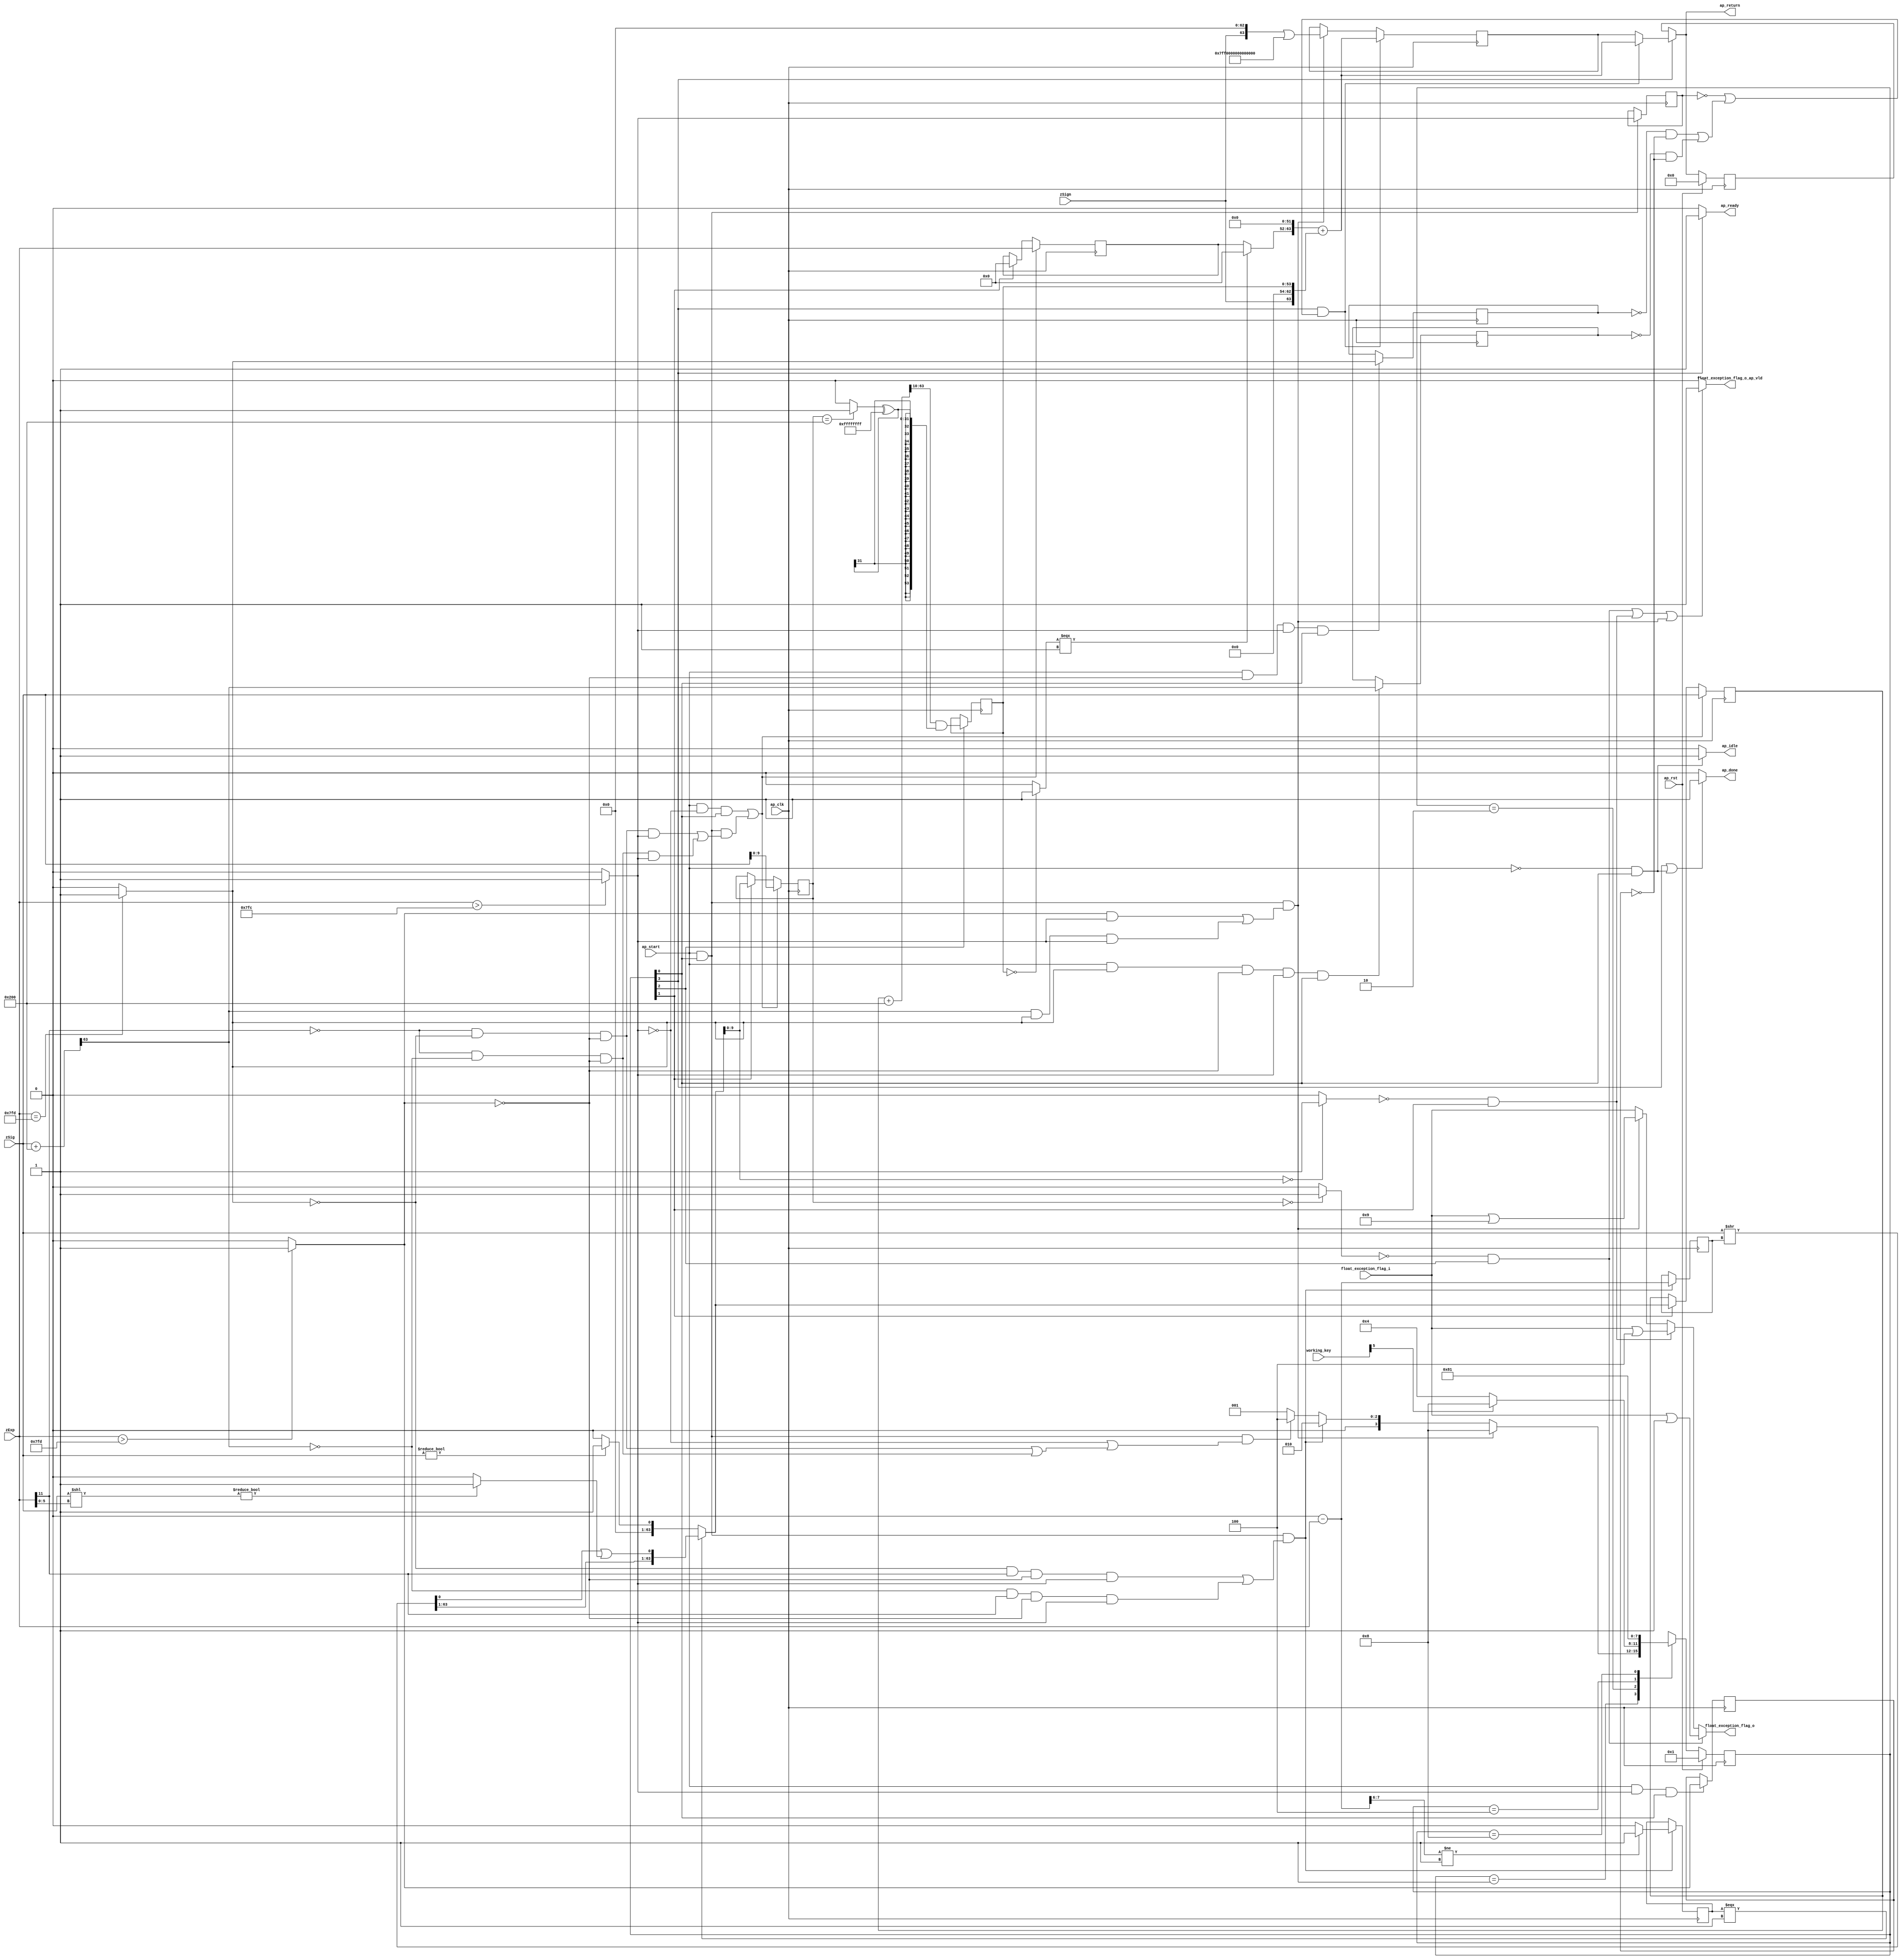

module roundAndPackFloat64
(
  ap_clk,
  ap_rst,
  ap_start,
  ap_done,
  ap_idle,
  ap_ready,
  zSign,
  zExp,
  zSig,
  float_exception_flag_i,
  float_exception_flag_o,
  float_exception_flag_o_ap_vld,
  ap_return,
  working_key
);

  parameter ap_ST_fsm_state1 = 4'd1;
  parameter ap_ST_fsm_state2 = 4'd2;
  parameter ap_ST_fsm_state3 = 4'd4;
  parameter ap_ST_fsm_state4 = 4'd8;
  input ap_clk;
  input ap_rst;
  input ap_start;
  output ap_done;
  output ap_idle;
  output ap_ready;
  input [0:0] zSign;
  input [11:0] zExp;
  input [63:0] zSig;
  input [31:0] float_exception_flag_i;
  output [31:0] float_exception_flag_o;
  output float_exception_flag_o_ap_vld;
  output [63:0] ap_return;
  reg ap_done;
  reg ap_idle;
  reg ap_ready;
  reg [31:0] float_exception_flag_o;
  reg float_exception_flag_o_ap_vld;
  reg [63:0] ap_return;
  reg [3:0] ap_CS_fsm;
  wire ap_CS_fsm_state1;
  wire [9:0] roundBits_fu_143_p1;
  wire [0:0] tmp_s_fu_147_p2;
  reg [0:0] tmp_s_reg_450;
  wire [0:0] tmp_24_fu_153_p2;
  reg [0:0] tmp_24_reg_454;
  wire [0:0] tmp_25_fu_159_p2;
  reg [0:0] tmp_25_reg_458;
  wire [0:0] tmp_56_fu_171_p3;
  reg [0:0] tmp_56_reg_462;
  wire [11:0] count_assign_fu_187_p2;
  reg [11:0] count_assign_reg_469;
  wire [0:0] tmp_57_fu_179_p3;
  wire [0:0] icmp_fu_203_p2;
  reg [0:0] icmp_reg_474;
  wire [63:0] tmp_74_i9_fu_229_p2;
  wire [63:0] z_6_fu_298_p3;
  wire ap_CS_fsm_state2;
  wire [9:0] roundBits_2_fu_305_p1;
  wire [53:0] zSig_assign_2_fu_381_p2;
  reg [53:0] zSig_assign_2_reg_500;
  wire ap_CS_fsm_state3;
  reg [63:0] zSig_assign1_reg_94;
  reg [11:0] zExp_assign_1_reg_105;
  reg [9:0] roundBits_1_reg_119;
  reg [63:0] ap_phi_mux_p_0_phi_fu_133_p4;
  reg [63:0] p_0_reg_130;
  wire [63:0] tmp_74_i8_fu_416_p2;
  wire ap_CS_fsm_state4;
  wire [0:0] tmp_29_fu_309_p2;
  wire [0:0] tmp_30_fu_327_p2;
  wire [31:0] float_exception_flag_9_fu_209_p2;
  wire [31:0] float_exception_flag_1_fu_315_p2;
  wire [31:0] tmp_31_fu_333_p2;
  wire [63:0] tmp_26_fu_165_p2;
  wire [1:0] tmp_58_fu_193_p4;
  wire [63:0] tmp_i_fu_221_p3;
  wire [63:0] tmp_37_i_fu_235_p1;
  wire [5:0] tmp_59_fu_243_p1;
  wire [63:0] tmp_41_i_fu_246_p1;
  wire [63:0] tmp_42_i_fu_250_p2;
  wire [63:0] tmp_38_i_fu_238_p2;
  wire [0:0] tmp_60_fu_261_p1;
  wire [0:0] tmp_43_i_fu_255_p2;
  wire [62:0] tmp_3_i_fu_271_p4;
  wire [0:0] tmp_2_i_fu_265_p2;
  wire [0:0] tmp_44_i_fu_289_p2;
  wire [63:0] z_fu_281_p3;
  wire [63:0] z_2_fu_294_p1;
  wire [63:0] tmp_32_fu_345_p2;
  wire [0:0] tmp_33_fu_361_p2;
  wire [31:0] tmp_34_fu_367_p1;
  wire [31:0] tmp_35_fu_371_p2;
  wire [53:0] zSig_assign_1_cast_fu_351_p4;
  wire signed [53:0] tmp_53_cast_fu_377_p1;
  wire [0:0] tmp_36_fu_387_p2;
  wire [11:0] tmp_fu_392_p3;
  wire [63:0] tmp_72_i_fu_400_p3;
  wire [63:0] tmp_73_i_fu_408_p4;
  reg [63:0] ap_return_preg;
  reg [3:0] ap_NS_fsm;
  input [6:0] working_key;

  initial begin
    #0 ap_CS_fsm = 4'd1;
    #0 ap_return_preg = 64'd0;
  end


  always @(posedge ap_clk) begin
    if(ap_rst == 1'b1) begin
      ap_CS_fsm <= ap_ST_fsm_state1;
    end else begin
      ap_CS_fsm <= ap_NS_fsm;
    end
  end


  always @(posedge ap_clk) begin
    if(ap_rst == 1'b1) begin
      ap_return_preg <= 64'd0;
    end else begin
      if(1'b1 == ap_CS_fsm_state4) begin
        ap_return_preg <= ap_phi_mux_p_0_phi_fu_133_p4;
      end 
    end
  end


  always @(posedge ap_clk) begin
    if((1'b1 == ap_CS_fsm_state4) & ((tmp_s_reg_450 == 1'd0) | ((tmp_25_reg_458 == 1'd0) & (tmp_24_reg_454 == 1'd0) | (tmp_56_reg_462 == 1'd0) & (tmp_24_reg_454 == 1'd0)))) begin
      p_0_reg_130 <= tmp_74_i8_fu_416_p2;
    end else if((ap_start == 1'b1) & (1'b1 == ap_CS_fsm_state1) & ((tmp_24_fu_153_p2 == 1'd1) & (tmp_s_fu_147_p2 == 1'd1) | (tmp_56_fu_171_p3 == 1'd1) & (tmp_25_fu_159_p2 == 1'd1) & (tmp_s_fu_147_p2 == 1'd1))) begin
      p_0_reg_130 <= tmp_74_i9_fu_229_p2;
    end 
  end


  always @(posedge ap_clk) begin
    if((ap_start == 1'b1) & (tmp_s_fu_147_p2 == 1'd0) & (1'b1 == ap_CS_fsm_state1) | (ap_start == 1'b1) & (1'b1 == ap_CS_fsm_state1) & ((tmp_57_fu_179_p3 == 1'd0) & (tmp_25_fu_159_p2 == 1'd0) & (tmp_24_fu_153_p2 == 1'd0) & (tmp_s_fu_147_p2 == 1'd1) | (tmp_57_fu_179_p3 == 1'd0) & (tmp_56_fu_171_p3 == 1'd0) & (tmp_24_fu_153_p2 == 1'd0) & (tmp_s_fu_147_p2 == 1'd1))) begin
      roundBits_1_reg_119 <= roundBits_fu_143_p1;
    end else if(1'b1 == ap_CS_fsm_state2) begin
      roundBits_1_reg_119 <= roundBits_2_fu_305_p1;
    end 
  end


  always @(posedge ap_clk) begin
    if((ap_start == 1'b1) & (tmp_s_fu_147_p2 == 1'd0) & (1'b1 == ap_CS_fsm_state1) | (ap_start == 1'b1) & (1'b1 == ap_CS_fsm_state1) & ((tmp_57_fu_179_p3 == 1'd0) & (tmp_25_fu_159_p2 == 1'd0) & (tmp_24_fu_153_p2 == 1'd0) & (tmp_s_fu_147_p2 == 1'd1) | (tmp_57_fu_179_p3 == 1'd0) & (tmp_56_fu_171_p3 == 1'd0) & (tmp_24_fu_153_p2 == 1'd0) & (tmp_s_fu_147_p2 == 1'd1))) begin
      zExp_assign_1_reg_105 <= zExp;
    end else if(1'b1 == ap_CS_fsm_state2) begin
      zExp_assign_1_reg_105 <= 12'd0;
    end 
  end


  always @(posedge ap_clk) begin
    if((ap_start == 1'b1) & (tmp_s_fu_147_p2 == 1'd0) & (1'b1 == ap_CS_fsm_state1) | (ap_start == 1'b1) & (1'b1 == ap_CS_fsm_state1) & ((tmp_57_fu_179_p3 == 1'd0) & (tmp_25_fu_159_p2 == 1'd0) & (tmp_24_fu_153_p2 == 1'd0) & (tmp_s_fu_147_p2 == 1'd1) | (tmp_57_fu_179_p3 == 1'd0) & (tmp_56_fu_171_p3 == 1'd0) & (tmp_24_fu_153_p2 == 1'd0) & (tmp_s_fu_147_p2 == 1'd1))) begin
      zSig_assign1_reg_94 <= zSig;
    end else if(1'b1 == ap_CS_fsm_state2) begin
      zSig_assign1_reg_94 <= z_6_fu_298_p3;
    end 
  end


  always @(posedge ap_clk) begin
    if((ap_start == 1'b1) & (1'b1 == ap_CS_fsm_state1) & ((tmp_25_fu_159_p2 == 1'd0) & (tmp_57_fu_179_p3 == 1'd1) & (tmp_24_fu_153_p2 == 1'd0) & (tmp_s_fu_147_p2 == 1'd1) | (tmp_56_fu_171_p3 == 1'd0) & (tmp_57_fu_179_p3 == 1'd1) & (tmp_24_fu_153_p2 == 1'd0) & (tmp_s_fu_147_p2 == 1'd1))) begin
      count_assign_reg_469 <= count_assign_fu_187_p2;
      icmp_reg_474 <= icmp_fu_203_p2;
    end 
  end


  always @(posedge ap_clk) begin
    if((ap_start == 1'b1) & (tmp_s_fu_147_p2 == 1'd1) & (1'b1 == ap_CS_fsm_state1)) begin
      tmp_24_reg_454 <= tmp_24_fu_153_p2;
    end 
  end


  always @(posedge ap_clk) begin
    if((ap_start == 1'b1) & (tmp_24_fu_153_p2 == 1'd0) & (tmp_s_fu_147_p2 == 1'd1) & (1'b1 == ap_CS_fsm_state1)) begin
      tmp_25_reg_458 <= tmp_25_fu_159_p2;
    end 
  end


  always @(posedge ap_clk) begin
    if((ap_start == 1'b1) & (tmp_25_fu_159_p2 == 1'd1) & (tmp_24_fu_153_p2 == 1'd0) & (tmp_s_fu_147_p2 == 1'd1) & (1'b1 == ap_CS_fsm_state1)) begin
      tmp_56_reg_462 <= tmp_26_fu_165_p2[32'd63];
    end 
  end


  always @(posedge ap_clk) begin
    if((ap_start == 1'b1) & (1'b1 == ap_CS_fsm_state1)) begin
      tmp_s_reg_450 <= tmp_s_fu_147_p2;
    end 
  end


  always @(posedge ap_clk) begin
    if(1'b1 == ap_CS_fsm_state3) begin
      zSig_assign_2_reg_500 <= zSig_assign_2_fu_381_p2;
    end 
  end


  always @(*) begin
    if((1'b1 == ap_CS_fsm_state4) | (ap_start == 1'b0) & (1'b1 == ap_CS_fsm_state1)) begin
      ap_done = 1'b1;
    end else begin
      ap_done = 1'b0;
    end
  end


  always @(*) begin
    if((ap_start == 1'b0) & (1'b1 == ap_CS_fsm_state1)) begin
      ap_idle = 1'b1;
    end else begin
      ap_idle = 1'b0;
    end
  end


  always @(*) begin
    if((1'b1 == ap_CS_fsm_state4) & ((tmp_s_reg_450 == 1'd0) | ((tmp_25_reg_458 == 1'd0) & (tmp_24_reg_454 == 1'd0) | (tmp_56_reg_462 == 1'd0) & (tmp_24_reg_454 == 1'd0)))) begin
      ap_phi_mux_p_0_phi_fu_133_p4 = tmp_74_i8_fu_416_p2;
    end else begin
      ap_phi_mux_p_0_phi_fu_133_p4 = p_0_reg_130;
    end
  end


  always @(*) begin
    if(1'b1 == ap_CS_fsm_state4) begin
      ap_ready = 1'b1;
    end else begin
      ap_ready = 1'b0;
    end
  end


  always @(*) begin
    if(1'b1 == ap_CS_fsm_state4) begin
      ap_return = ap_phi_mux_p_0_phi_fu_133_p4;
    end else begin
      ap_return = ap_return_preg;
    end
  end


  always @(*) begin
    if((tmp_30_fu_327_p2 == 1'd0) & (1'b1 == ap_CS_fsm_state3)) begin
      float_exception_flag_o = tmp_31_fu_333_p2;
    end else if((tmp_29_fu_309_p2 == 1'd0) & (1'b1 == ap_CS_fsm_state2)) begin
      float_exception_flag_o = float_exception_flag_1_fu_315_p2;
    end else if((ap_start == 1'b1) & (1'b1 == ap_CS_fsm_state1) & ((tmp_24_fu_153_p2 == 1'd1) & (tmp_s_fu_147_p2 == 1'd1) | (tmp_56_fu_171_p3 == 1'd1) & (tmp_25_fu_159_p2 == 1'd1) & (tmp_s_fu_147_p2 == 1'd1))) begin
      float_exception_flag_o = float_exception_flag_9_fu_209_p2;
    end else begin
      float_exception_flag_o = float_exception_flag_i;
    end
  end


  always @(*) begin
    if((tmp_30_fu_327_p2 == 1'd0) & (1'b1 == ap_CS_fsm_state3) | (tmp_29_fu_309_p2 == 1'd0) & (1'b1 == ap_CS_fsm_state2) | (ap_start == 1'b1) & (1'b1 == ap_CS_fsm_state1) & ((tmp_24_fu_153_p2 == 1'd1) & (tmp_s_fu_147_p2 == 1'd1) | (tmp_56_fu_171_p3 == 1'd1) & (tmp_25_fu_159_p2 == 1'd1) & (tmp_s_fu_147_p2 == 1'd1))) begin
      float_exception_flag_o_ap_vld = 1'b1;
    end else begin
      float_exception_flag_o_ap_vld = 1'b0;
    end
  end


  always @(*) begin
    case(ap_CS_fsm)
      ap_ST_fsm_state1: begin
        if((ap_start == 1'b1) & (1'b1 == ap_CS_fsm_state1) & ((tmp_24_fu_153_p2 == 1'd1) & (tmp_s_fu_147_p2 == 1'd1) | (tmp_56_fu_171_p3 == 1'd1) & (tmp_25_fu_159_p2 == 1'd1) & (tmp_s_fu_147_p2 == 1'd1))) begin
          ap_NS_fsm = ap_ST_fsm_state4;
        end else if((ap_start == 1'b1) & (1'b1 == ap_CS_fsm_state1) & ((tmp_25_fu_159_p2 == 1'd0) & (tmp_57_fu_179_p3 == 1'd1) & (tmp_24_fu_153_p2 == 1'd0) & (tmp_s_fu_147_p2 == 1'd1) | (tmp_56_fu_171_p3 == 1'd0) & (tmp_57_fu_179_p3 == 1'd1) & (tmp_24_fu_153_p2 == 1'd0) & (tmp_s_fu_147_p2 == 1'd1))) begin
          ap_NS_fsm = ap_ST_fsm_state2;
        end else if((ap_start == 1'b1) & (1'b1 == ap_CS_fsm_state1) & ((tmp_s_fu_147_p2 == 1'd0) | ((tmp_57_fu_179_p3 == 1'd0) & (tmp_25_fu_159_p2 == 1'd0) & (tmp_24_fu_153_p2 == 1'd0) | (tmp_57_fu_179_p3 == 1'd0) & (tmp_56_fu_171_p3 == 1'd0) & (tmp_24_fu_153_p2 == 1'd0)))) begin
          ap_NS_fsm = ap_ST_fsm_state3;
        end else begin
          ap_NS_fsm = ap_ST_fsm_state1;
        end
      end
      ap_ST_fsm_state2: begin
        begin
          if(working_key[5] == 1'b1) begin
            ap_NS_fsm = ap_ST_fsm_state4;
          end else begin
            ap_NS_fsm = ap_ST_fsm_state3;
          end
        end
      end
      ap_ST_fsm_state3: begin
        ap_NS_fsm = ap_ST_fsm_state4;
      end
      ap_ST_fsm_state4: begin
        ap_NS_fsm = ap_ST_fsm_state1;
      end
      default: begin
        ap_NS_fsm = 'bx;
      end
    endcase
  end

  assign ap_CS_fsm_state1 = ap_CS_fsm[32'd0];
  assign ap_CS_fsm_state2 = ap_CS_fsm[32'd1];
  assign ap_CS_fsm_state3 = ap_CS_fsm[32'd2];
  assign ap_CS_fsm_state4 = ap_CS_fsm[32'd3];
  assign count_assign_fu_187_p2 = 12'd0 - zExp;
  assign float_exception_flag_1_fu_315_p2 = float_exception_flag_i | 32'd4;
  assign float_exception_flag_9_fu_209_p2 = float_exception_flag_i | 32'd9;
  assign icmp_fu_203_p2 = (tmp_58_fu_193_p4 != 2'd1)? 1'b1 : 1'b0;
  assign roundBits_2_fu_305_p1 = z_6_fu_298_p3[9:0];
  assign roundBits_fu_143_p1 = zSig[9:0];
  assign tmp_24_fu_153_p2 = ($signed(zExp) > $signed(12'd2045))? 1'b1 : 1'b0;
  assign tmp_25_fu_159_p2 = (zExp == 12'd2045)? 1'b1 : 1'b0;
  assign tmp_26_fu_165_p2 = zSig + 64'd512;
  assign tmp_29_fu_309_p2 = (roundBits_2_fu_305_p1 == 10'd0)? 1'b1 : 1'b0;
  assign tmp_2_i_fu_265_p2 = tmp_60_fu_261_p1 | tmp_43_i_fu_255_p2;
  assign tmp_30_fu_327_p2 = (roundBits_1_reg_119 == 10'd0)? 1'b1 : 1'b0;
  assign tmp_31_fu_333_p2 = float_exception_flag_i | 32'd1;
  assign tmp_32_fu_345_p2 = zSig_assign1_reg_94 + 64'd512;
  assign tmp_33_fu_361_p2 = (roundBits_1_reg_119 == 10'd512)? 1'b1 : 1'b0;
  assign tmp_34_fu_367_p1 = tmp_33_fu_361_p2;
  assign tmp_35_fu_371_p2 = tmp_34_fu_367_p1 ^ 32'd4294967295;
  assign tmp_36_fu_387_p2 = (zSig_assign_2_reg_500 == 54'd0)? 1'b1 : 1'b0;
  assign tmp_37_i_fu_235_p1 = count_assign_reg_469;
  assign tmp_38_i_fu_238_p2 = zSig >> tmp_37_i_fu_235_p1;
  assign tmp_3_i_fu_271_p4 = { { tmp_38_i_fu_238_p2[63:1] } };
  assign tmp_41_i_fu_246_p1 = tmp_59_fu_243_p1;
  assign tmp_42_i_fu_250_p2 = zSig << tmp_41_i_fu_246_p1;
  assign tmp_43_i_fu_255_p2 = (tmp_42_i_fu_250_p2 != 64'd0)? 1'b1 : 1'b0;
  assign tmp_44_i_fu_289_p2 = (zSig != 64'd0)? 1'b1 : 1'b0;
  assign tmp_53_cast_fu_377_p1 = $signed(tmp_35_fu_371_p2);
  assign tmp_56_fu_171_p3 = tmp_26_fu_165_p2[32'd63];
  assign tmp_57_fu_179_p3 = zExp[32'd11];
  assign tmp_58_fu_193_p4 = { { count_assign_fu_187_p2[7:6] } };
  assign tmp_59_fu_243_p1 = zExp[5:0];
  assign tmp_60_fu_261_p1 = tmp_38_i_fu_238_p2[0:0];
  assign tmp_72_i_fu_400_p3 = { { tmp_fu_392_p3 }, { 52'd0 } };
  assign tmp_73_i_fu_408_p4 = { { { zSign }, { 9'd0 } }, { zSig_assign_2_reg_500 } };
  assign tmp_74_i8_fu_416_p2 = tmp_72_i_fu_400_p3 + tmp_73_i_fu_408_p4;
  assign tmp_74_i9_fu_229_p2 = tmp_i_fu_221_p3 | 64'd9218868437227405312;
  assign tmp_fu_392_p3 = (tmp_36_fu_387_p2[0:0] === 1'b1)? 12'd0 : zExp_assign_1_reg_105;
  assign tmp_i_fu_221_p3 = { { zSign }, { 63'd0 } };
  assign tmp_s_fu_147_p2 = (zExp > 12'd2044)? 1'b1 : 1'b0;
  assign zSig_assign_1_cast_fu_351_p4 = { { tmp_32_fu_345_p2[63:10] } };
  assign zSig_assign_2_fu_381_p2 = zSig_assign_1_cast_fu_351_p4 & tmp_53_cast_fu_377_p1;
  assign z_2_fu_294_p1 = tmp_44_i_fu_289_p2;
  assign z_6_fu_298_p3 = (icmp_reg_474[0:0] === 1'b1)? z_fu_281_p3 : z_2_fu_294_p1;
  assign z_fu_281_p3 = { { tmp_3_i_fu_271_p4 }, { tmp_2_i_fu_265_p2 } };

endmodule